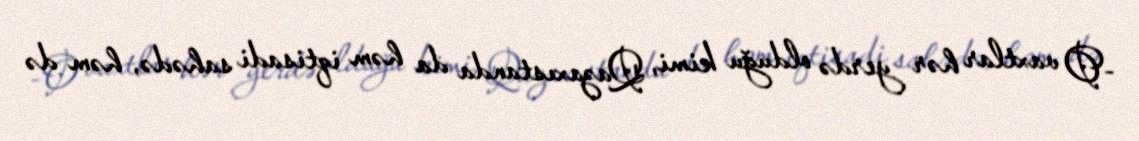
-O vaxtlar hər yerdə olduğu kimi, Qazaxıstanda da həm iqtisadi sahədə, həm də